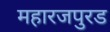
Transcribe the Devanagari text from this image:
महारजपुरड